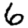
Digit: 6